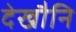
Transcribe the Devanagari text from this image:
देखौनि